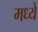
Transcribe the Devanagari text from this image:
मध्येे